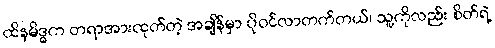
ထိနမိဒ္ဓက တရာအားထုတ်တဲ့ အချိန်မှာ ပိုဝင်လာတက်တယ်၊ သူ့ကိုလည်း စိတ်ရဲ့